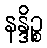
နန္ဒိဉ္စ